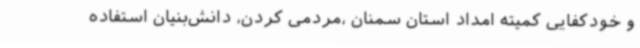
و خودکفایی کمیته امداد استان سمنان ،مردمی کردن، دانش‌بنیان استفاده